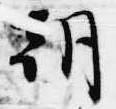
朝